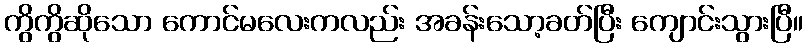
ကွိကွိဆိုသော ကောင်မလေးကလည်း အခန်းသော့ခတ်ပြီး ကျောင်းသွားပြီ။